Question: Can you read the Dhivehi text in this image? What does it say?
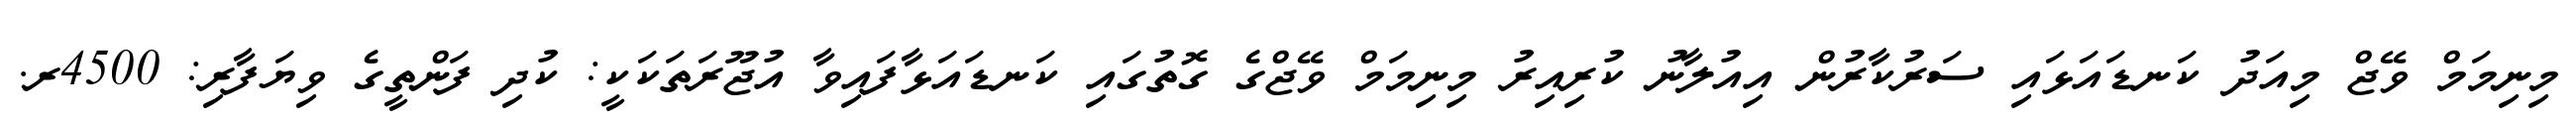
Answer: މިނިމަމް ވޭޖް މިއަދު ކަނޑައަޅައި ސަރުކާރުން އިއުލާނު ކުރިއިރު މިނިމަމް ވޭޖްގެ ގޮތުގައި ކަނޑައަޅާފައިވާ އުޖޫރަތަކަކީ: ކުދި ފަންތީގެ ވިޔަފާރި: 4500ރ.